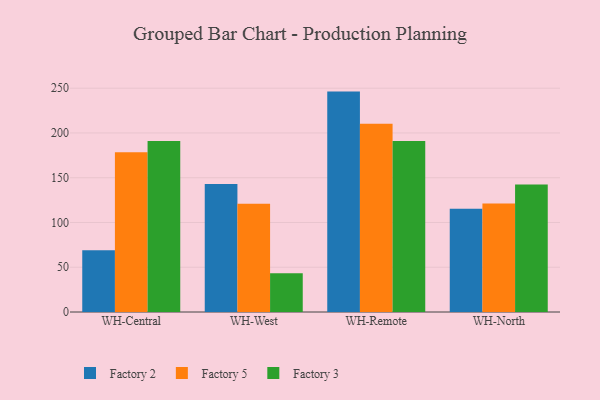
{"axis": {"x": "Warehouse", "y": "Gross Profit (USD K)"}, "legend": ["Factory 2", "Factory 3", "Factory 5"], "data": [{"x": "WH-Central", "y": 69.1, "type": "Factory 2"}, {"x": "WH-Central", "y": 178.4, "type": "Factory 5"}, {"x": "WH-Central", "y": 191.0, "type": "Factory 3"}, {"x": "WH-West", "y": 142.9, "type": "Factory 2"}, {"x": "WH-West", "y": 120.8, "type": "Factory 5"}, {"x": "WH-West", "y": 43.3, "type": "Factory 3"}, {"x": "WH-Remote", "y": 246.2, "type": "Factory 2"}, {"x": "WH-Remote", "y": 210.3, "type": "Factory 5"}, {"x": "WH-Remote", "y": 190.9, "type": "Factory 3"}, {"x": "WH-North", "y": 115.2, "type": "Factory 2"}, {"x": "WH-North", "y": 121.2, "type": "Factory 5"}, {"x": "WH-North", "y": 142.3, "type": "Factory 3"}]}